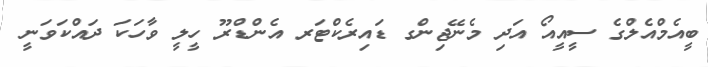
ބީއެމްއެލްގެ ސީއީއޯ އަދި މެނޭޖިންގ ޑައިރެކްޓަރ އެންޑްރޫ ހީލީ ވާހަކަ ދައްކަވަނީ